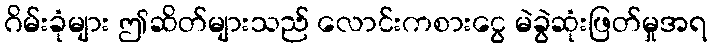
ဂိမ်းခုံများ ဤဆိတ်များသည် လောင်းကစားငွေ မဲခွဲဆုံးဖြတ်မှုအရ